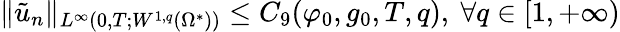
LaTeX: \lVert\tilde{u}_{n}\rVert_{L^{\infty}(0,T;W^{1,q}(\Omega^{*}))}\leq C_{9}(\varphi_{0},g_{0},T,q),\ \forall q\in[1,+\infty)